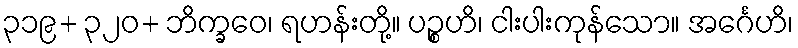
၃၁၉+ ၃၂၀+ ဘိက္ခဝေ၊ ရဟန်းတို့။ ပဉ္စဟိ၊ ငါးပါးကုန်သော။ အင်္ဂေဟိ၊